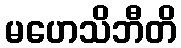
မဟေသိဘီတိ